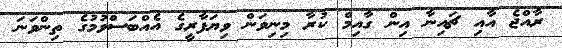
ރާއްޖެ އާއި ޗައިނާ އިން ގާއިމް ކުރާ މިނިވަން ވިޔަފާރީގެ އެއްބަސްވުމުގެ ތިންވަނަ